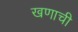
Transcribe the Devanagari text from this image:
खणाची